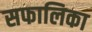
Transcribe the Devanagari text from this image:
सफालिका